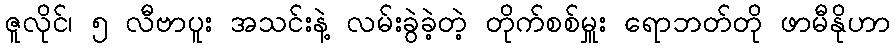
ဇူလိုင်၊ ၅ လီဗာပူး အသင်းနဲ့ လမ်းခွဲခဲ့တဲ့ တိုက်စစ်မှူး ရောဘတ်တို ဖာမီနိုဟာ